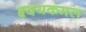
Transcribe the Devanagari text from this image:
हृदयकमल